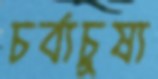
চর্ব্যচুষ্য